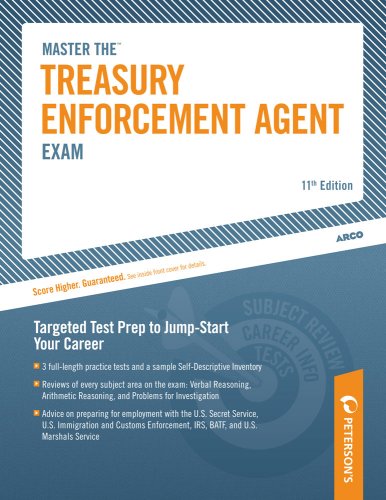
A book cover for Master the Treasury Enforcement Agent Exam, 11th edition (Master the Treasury Enforcement Agent Exam); Arco; Test Preparation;